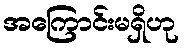
အကြောင်းမရှိဟု